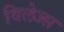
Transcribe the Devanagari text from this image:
विलेज्स